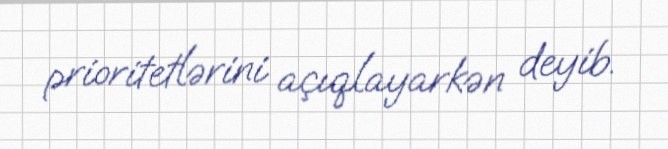
prioritetlərini açıqlayarkən deyib.